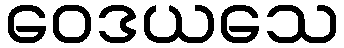
ဝေဒယသေ